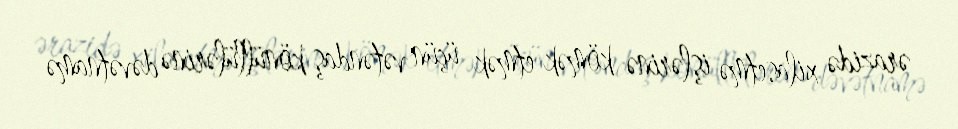
ərazidə xilasetmə işlərinə kömək etmək üçün vətəndaş könüllülərinə dəvətnamə